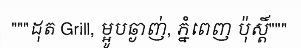
"""ដុត Grill, ម្អូបឆ្ងាញ់, ភ្នំពេញ ប៉ុស្តិ៍"""